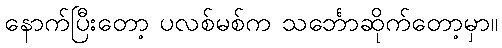
နောက်ပြီးတော့ ပလစ်မစ်က သင်္ဘောဆိုက်တော့မှာ။